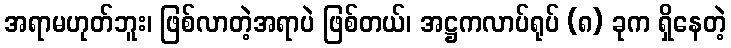
အရာမဟုတ်ဘူး၊ ဖြစ်လာတဲ့အရာပဲ ဖြစ်တယ်၊ အဋ္ဌကလာပ်ရုပ် (၈) ခုက ရှိနေတဲ့